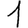
Digit: 1